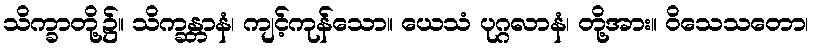
သိက္ခာတို့၌။ သိက္ခန္တာနံ၊ ကျင့်ကုန်သော။ ယေသံ ပုဂ္ဂလာနံ၊ တို့အား။ ဝိသေသတော၊